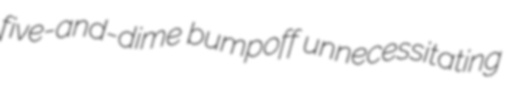
five-and-dime bumpoff unnecessitating